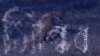
সিন্ধির